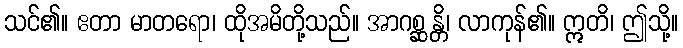
သင်၏။ ဧတာ မာတရော၊ ထိုအမိတို့သည်။ အာဂစ္ဆန္တိ၊ လာကုန်၏။ ဣတိ၊ ဤသို့။